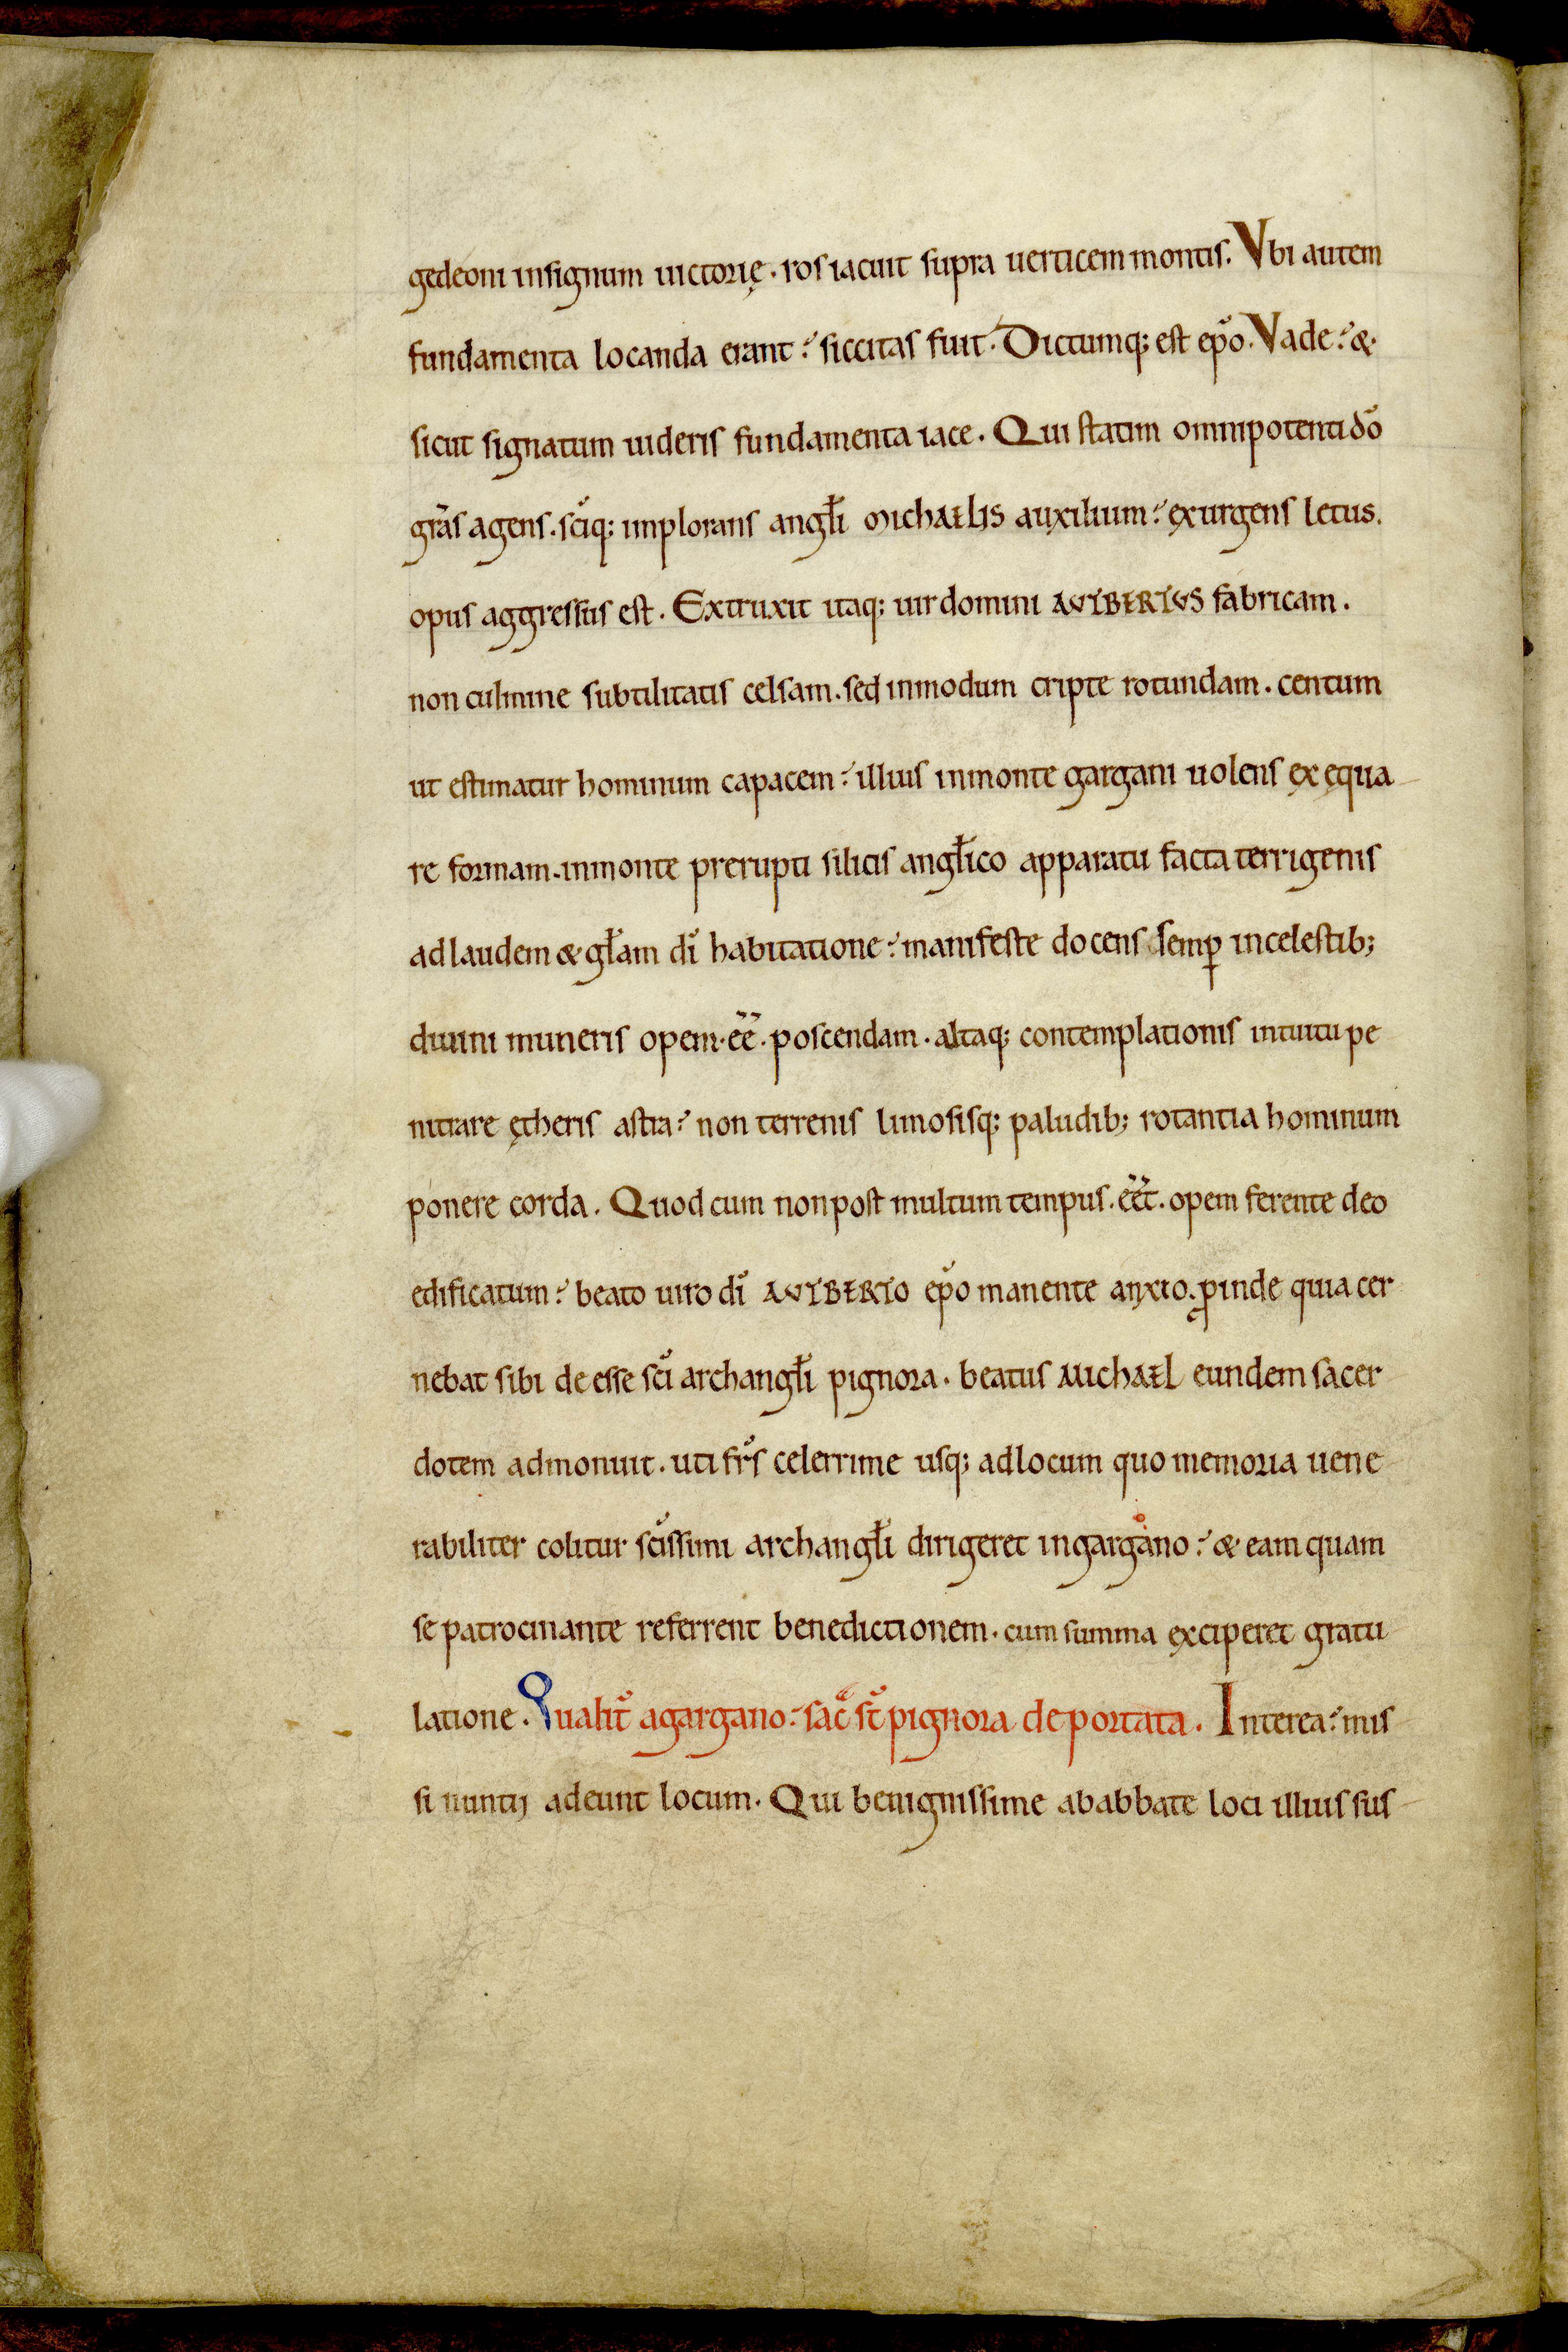
Shelfmark: Avranches, Bibliothèque municipale, 0210
Century: 12